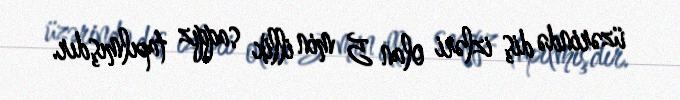
üzərində diş izləri olan 5 min illik saqqız tapılmışdır.